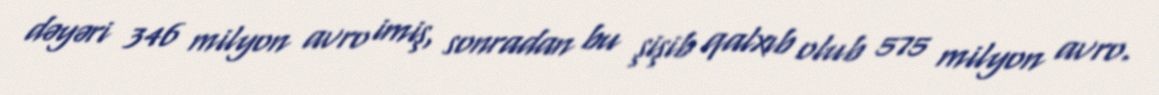
dəyəri 346 milyon avro imiş, sonradan bu şişib qalxıb olub 575 milyon avro.